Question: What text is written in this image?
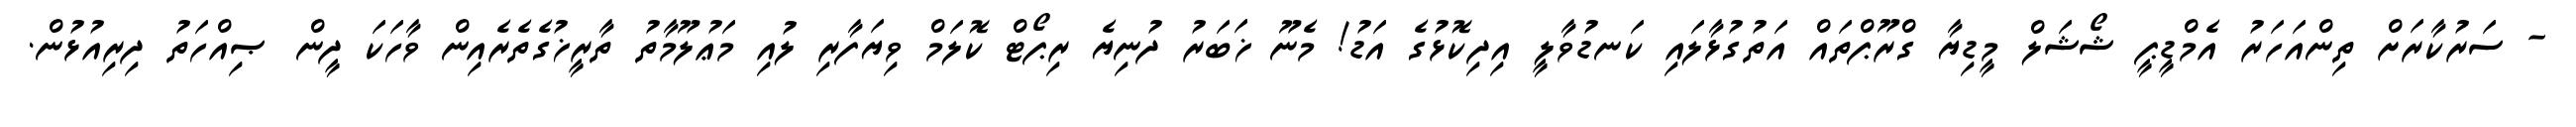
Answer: - ސަރުކާރަށް ތިންއަހަރު އެމްޑީޕީ ޝޯޝަލް މީޑިޔާ ގްރޫޕްތައް އަތުގުޅާލައި ކަނޑުވާލީ އިދިކޮޅުގެ އަޑު! މެނޫ ޚަބަރު ދުނިޔެ ރިޕޯޓް ކޮލަމް ވިޔަފާރި ލުއި މަޢުލޫމާތު ތާރީޚުގެތެރެއިން ވާހަކަ ދީން ޞިއްހަތު ދިރިއުޅުން.